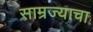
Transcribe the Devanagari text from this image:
साम्रज्याचा